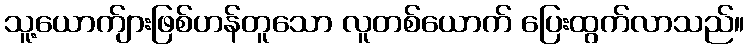
သူ့ယောက်ျားဖြစ်ဟန်တူသော လူတစ်ယောက် ပြေးထွက်လာသည်။